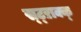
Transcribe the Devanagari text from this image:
स्ट्ऱाक्क्